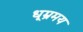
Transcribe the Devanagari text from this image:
धूम्रमय